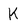
Character: K